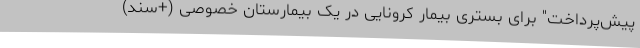
پیش‌پرداخت" برای بستری بیمار کرونایی در یک بیمارستان خصوصی (+سند)